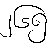
၂၆၅